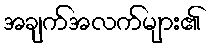
အချက်အလက်များ၏